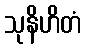
သုနိဟိတံ